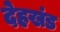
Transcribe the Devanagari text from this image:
देहखंड